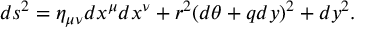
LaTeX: d s ^ { 2 } = \eta _ { \mu \nu } d x ^ { \mu } d x ^ { \nu } + r ^ { 2 } ( d \theta + q d y ) ^ { 2 } + d y ^ { 2 } .